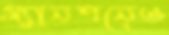
ম্যানশনেও